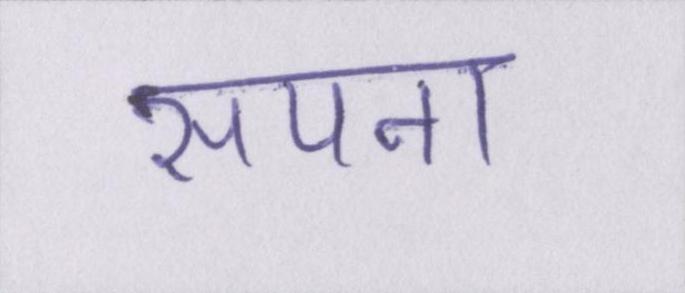
सपना